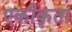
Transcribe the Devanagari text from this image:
एकीकृता